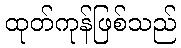
ထုတ်ကုန်ဖြစ်သည်